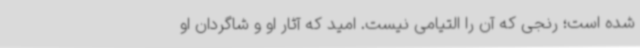
شده است؛ رنجی که آن را التیامی نیست. امید که آثار او و شاگردان او